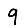
Digit: 9